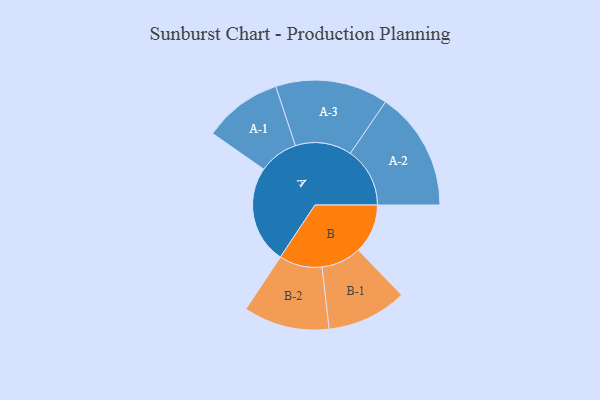
{"axis": {"x": "Segment", "y": "Value"}, "legend": ["", "A", "B"], "data": [{"x": "A", "y": 430, "type": ""}, {"x": "B", "y": 217, "type": ""}, {"x": "A-1", "y": 173, "type": "A"}, {"x": "A-2", "y": 262, "type": "A"}, {"x": "A-3", "y": 248, "type": "A"}, {"x": "B-1", "y": 176, "type": "B"}, {"x": "B-2", "y": 189, "type": "B"}]}